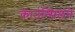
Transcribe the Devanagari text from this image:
काउन्सिलने